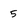
Character: 5